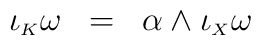
\iota_{\scriptscriptstyle K}\omega \;\; = \;\; \alpha\wedge\iota_{\scriptscriptstyle X}\omega